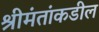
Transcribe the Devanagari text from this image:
श्रीमंतांकडील